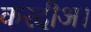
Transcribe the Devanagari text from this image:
करदीअ।